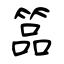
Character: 𥰔